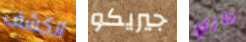
انكشف جيريكو نازي